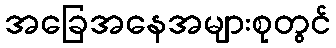
အခြေအနေအများစုတွင်